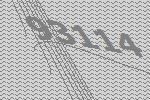
93114